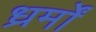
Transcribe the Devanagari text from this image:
ध्रर्मों